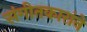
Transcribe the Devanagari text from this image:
संगीतकारांने